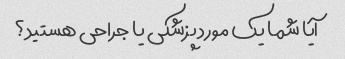
آیا شما یک مورد پزشکی یا جراحی هستید؟